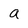
Character: a